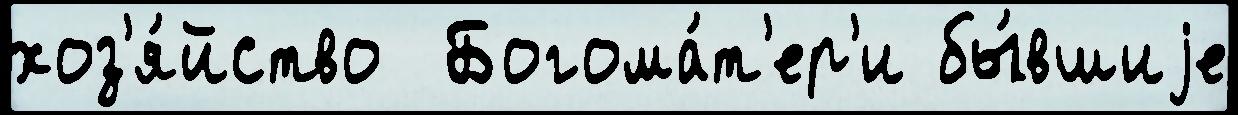
хоз'я́йство  Богома́т'ер'и бы́вшиjе